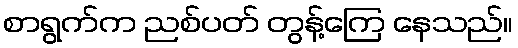
စာရွက်က ညစ်ပတ် တွန့်ကြေ နေသည်။